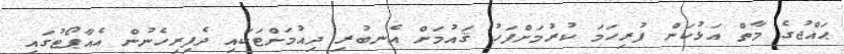
ޙައްޖުގެ މާތް އަޅުކަން ފުރިހަމަ ކުރުމަށްފަހު ޤައުމަށް އެނބުރި ދިއުމަށްޓަކައި ދެފިރިހެނުން އެއާޕޯޓުގައި